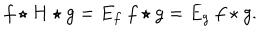
f \star H \star g = E _ { f } ~ f \star g = E _ { g } ~ f \star g .